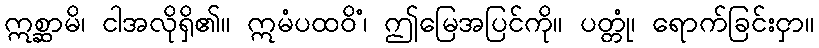
ဣစ္ဆာမိ၊ ငါအလိုရှိ၏။ ဣမံပထဝိံ၊ ဤမြေအပြင်ကို။ ပတ္တုံ၊ ရောက်ခြင်းငှာ။